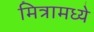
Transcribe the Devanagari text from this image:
मित्रामध्ये